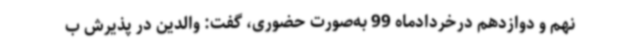
نهم و دوازدهم درخردادماه 99 به‌صورت حضوری، گفت: والدین در پذیرش ب